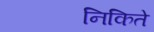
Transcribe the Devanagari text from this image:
निकिते